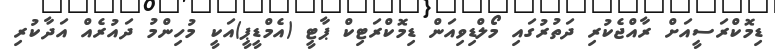
ޑިމޮކްރަސީއަށް ރާއްޖެކުރި ދަތުރުގައި މޯލްޑިވިއަން ޑިމޮކްރަޓިކް ޕާޓީ (އެމްޑީޕީ)އަކީ މުހިންމު ދައުރެއް އަދާކުރި